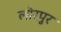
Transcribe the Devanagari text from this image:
लोरपुर